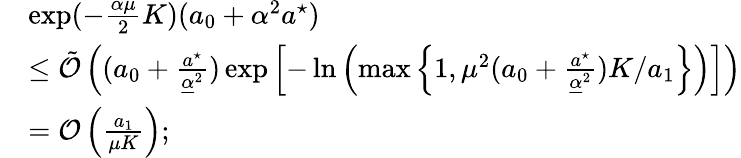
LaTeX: \begin{array}{rl}&{\exp(-\frac{\alpha\mu}{2}K)(a_{0}+\alpha^{2}a^{\star})}\\ &{\leq\tilde{\mathcal{O}}\left((a_{0}+\frac{a^{\star}}{\underline{{\alpha}}^{2}})\exp\left[-\ln\left(\operatorname*{max}\left\{ 1,\mu^{2}(a_{0}+\frac{a^{\star}}{\underline{{\alpha}}^{2}})K/a_{1}\right\} \right)\right]\right)}\\ &{=\mathcal{O}\left(\frac{a_{1}}{\mu K}\right);}\end{array}